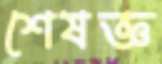
শেষজ্ঞ